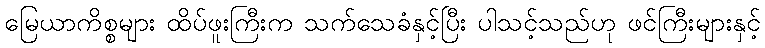
မြေယာကိစ္စများ ထိပ်ဖူးကြီးက သက်သေခံနှင့်ပြီး ပါသင့်သည်ဟု ဖင်ကြီးများနှင့်